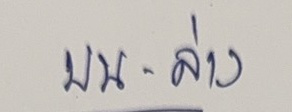
บน - ล่าง